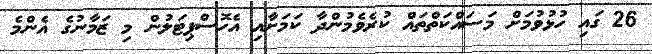
26 ގައި ހުޅުވުމަށް މަސައްކަތްތައް ކުރެވެމުންދާ ކަމަށާއި އެހޮސްޕިޓަލުން މި ޒަމާނުގެ އެންމެ